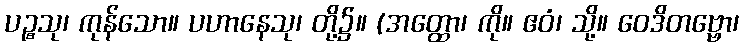
ပဉ္စသု၊ ကုန်သော။ ပဟာနေသု၊ တို့၌။ (အတ္ထော၊ ကို။ ဧဝံ၊ သို့။ ဝေဒိတဗ္ဗော၊